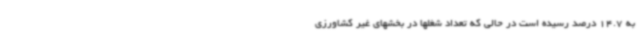
به 14.7 درصد رسیده است در حالی که تعداد شغلها در بخشهای غیر کشاورزی